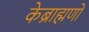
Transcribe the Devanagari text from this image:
केब्राह्मणों